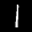
Label: 1